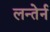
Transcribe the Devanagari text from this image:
लन्तेर्न